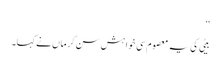
‘‘
بیٹی کی یہ معصوم سی خواہش سن کر ماں نے کہا۔